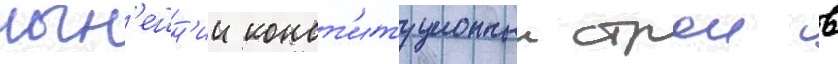
нын'ешн'ии конст'итуционныи строи в